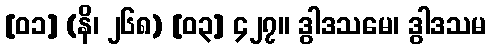
[၀၁] (နိ၊ ၂၆၈) [၀၃] ၄၂၇။ ဒွါဒသမေ၊ ဒွါဒသမ